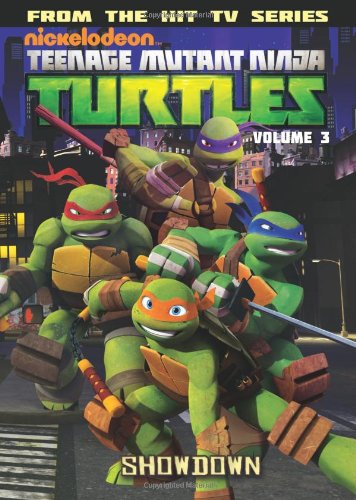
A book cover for Teenage Mutant Ninja Turtles Animated Volume 3: The Showdown; Various; Comics & Graphic Novels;